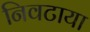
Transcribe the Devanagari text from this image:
निवटाया